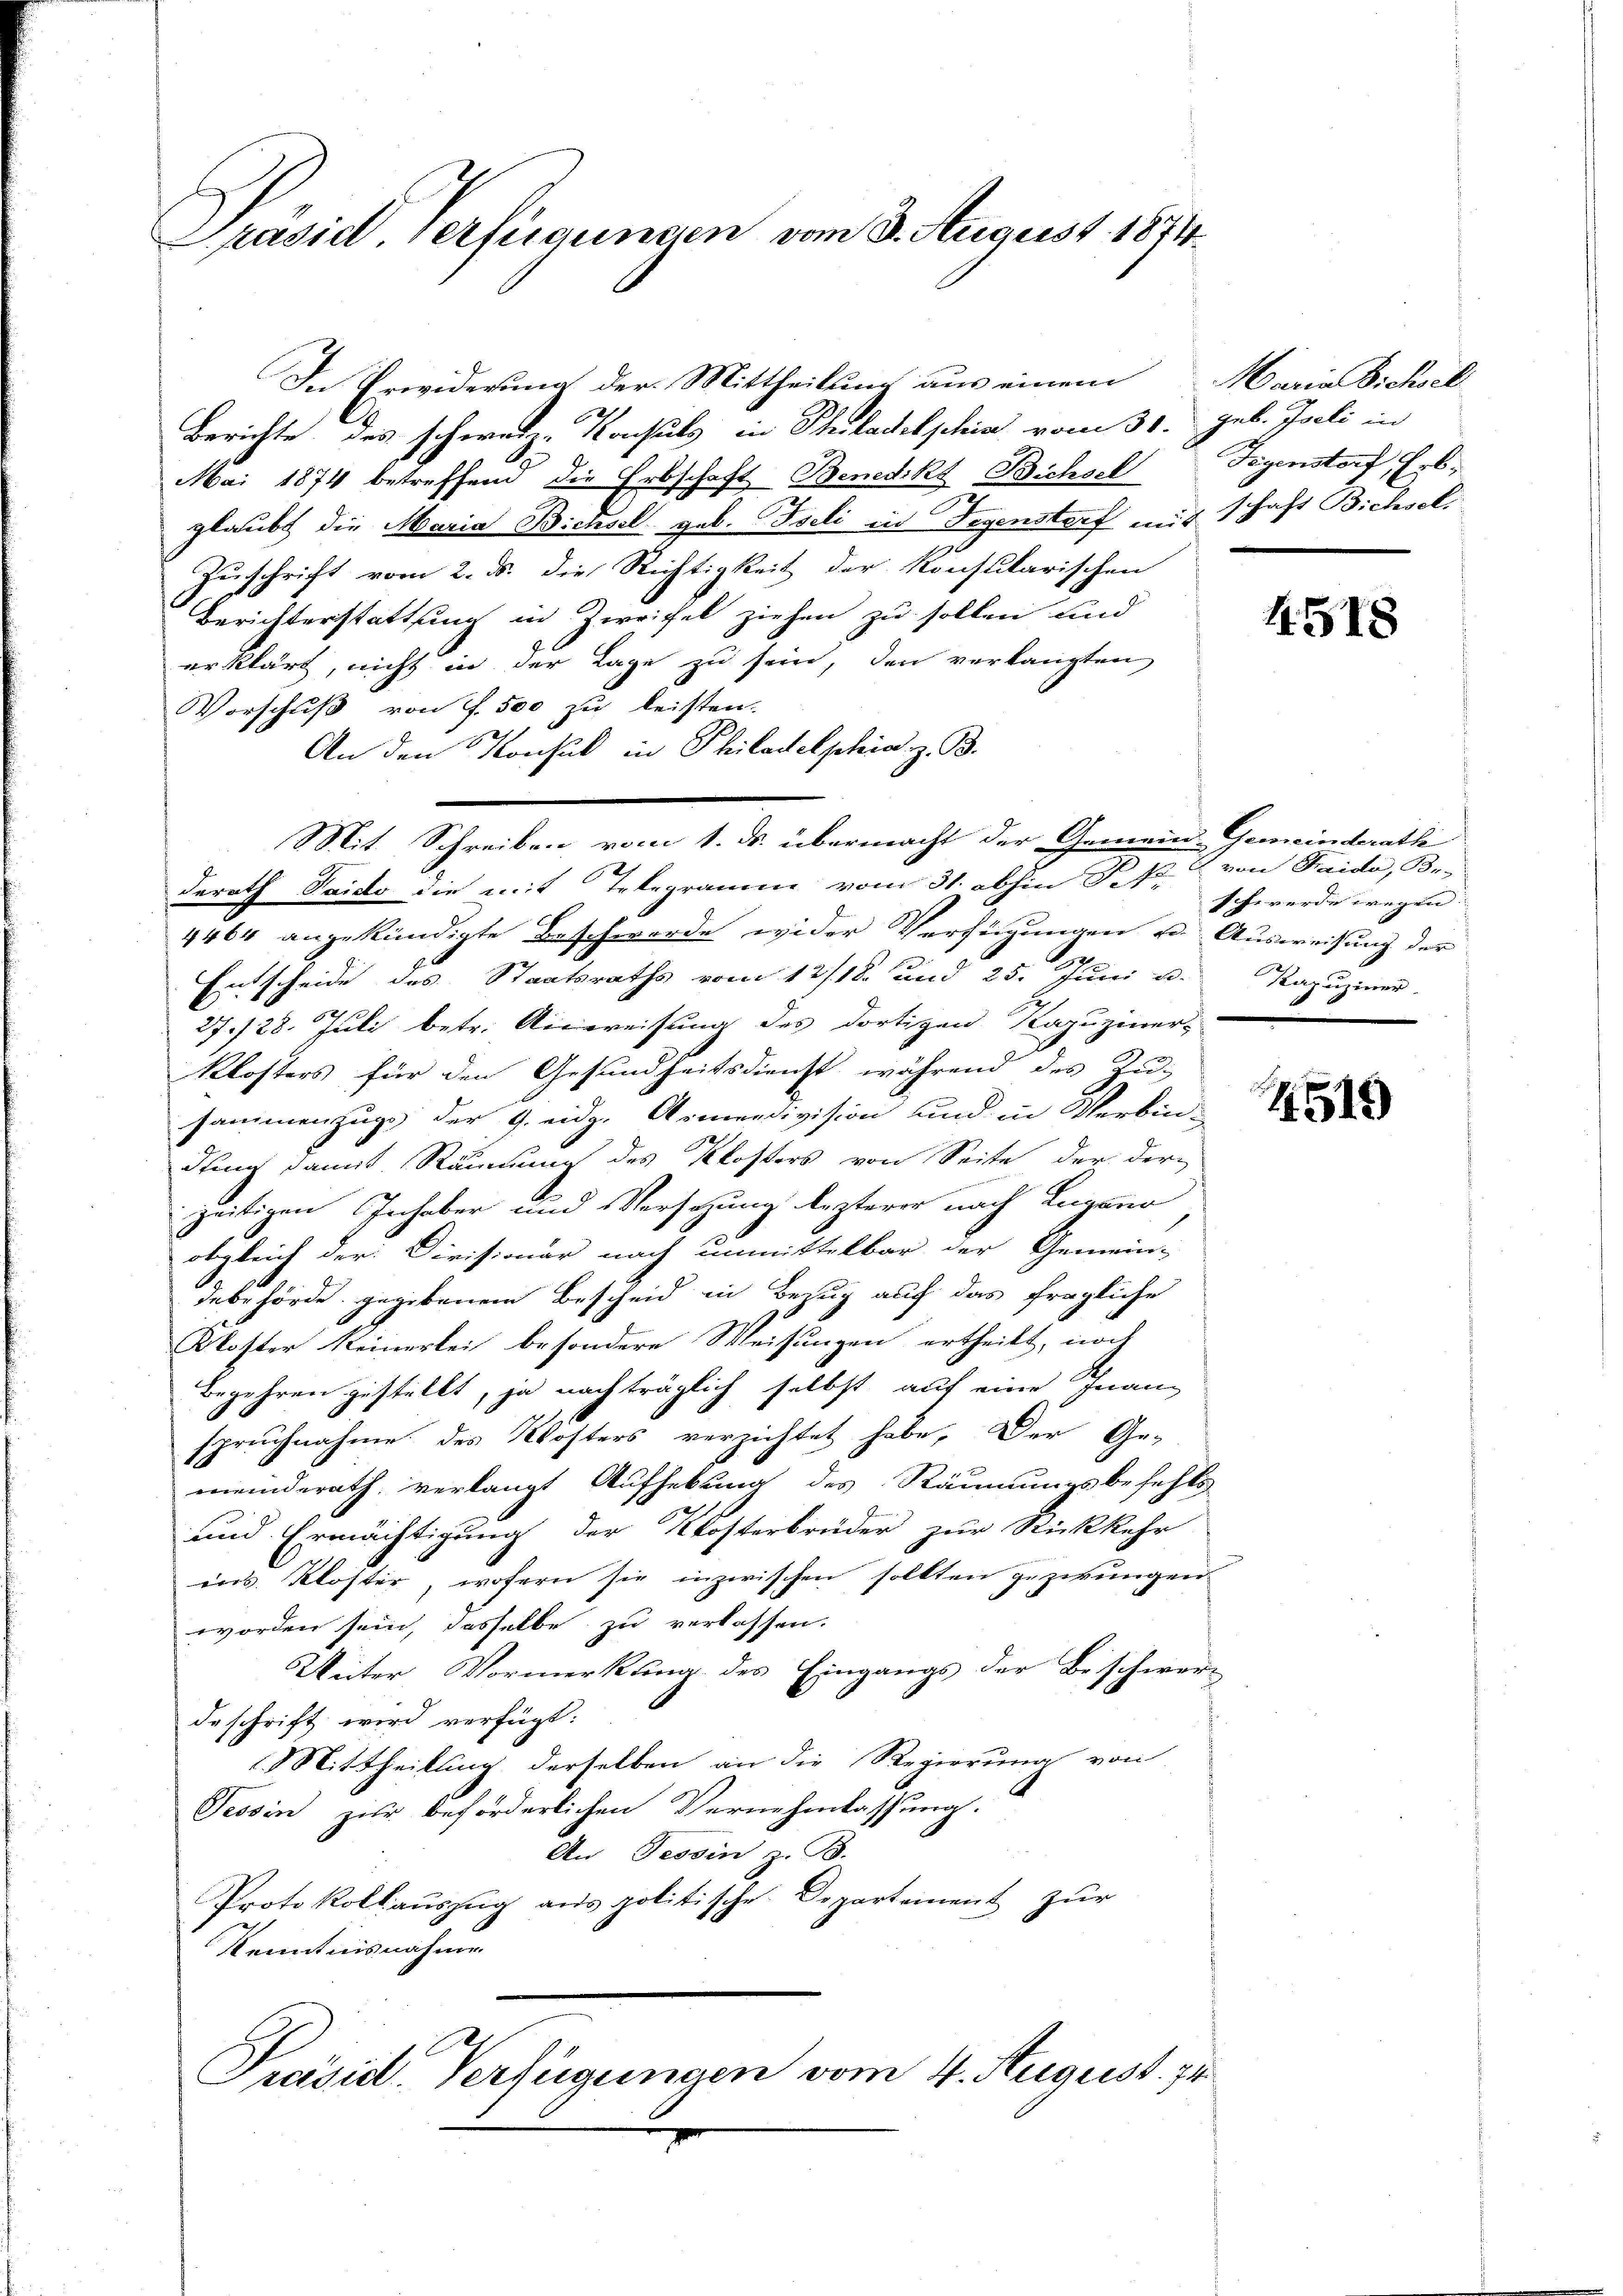
Präsid. Verfügungen vom 3. August 1874

In Erwiderung der Mittheilung aus einem
Berichte des schweiz. Konsuls in Philadelphia vom 31. geb. Iseli in
Mai 1874 betreffend die Erbschaft Benedikt Bichsel Gegenstorf, Erb-
glaubt die Maria Bichsel geb. Iseli in Gegenstorf mit schaft Bichsel
Zuschrift vom 2. ds. die Richtigkeit der konsularischen
Berichterstattung in Zweifel ziehen zu sollen und
erklärt, nicht in der Lage zu sein, den verlangten
Vorschuß von f. 500 zu leisten.
An den Konsul in Philadelphia z. B.
derath Saido die mit Telegramm vom 31. abhin St.
4464 angekündigte Beschwerde wider Verfügungen u. Ausweisung der
A
Entscheide des Staatsraths vom 12/18. und 25. Juni a. Kapuziner
27./28. Juli betr. Anweisung des dortigen Kapuziner-
Klosters für den Gesundheitsdienst während des Zu-
sammenzugs der 9. eidg. Armensivision und in Verbin-
dung damit Räumung des Klosters von Seite der der-
zeitigen Inhaber und Versatzung lezterer nach Lugano
obgleich der Civisionär nach unmittelbar der Gemein-
debehörde gegebenem Bescheid in Bezug auf das fragliche
Koster keinerlei besondere Weisungen ertheilt, noch
Begehren gestellt, ja nachträglich selbst auf eine Inanz
spruchnahme des Kösters verzichtet habe, Der Ge-
meinderath, verlangt Aufhebung des Räumungsbefehls
und Ermächtigung der Klosterbrüder zur Rückkehr
ins Kloster, wofern sie inzwischen sollten gezwungen
worden sein, dasselbe zu verlassen.
Unter Vormerkung des Eingangs der Beschwere
deschrift wird verfügt:
Mittheilung derselben an die Regierung von
Tessin zur beförderlichen Vernehmlassung.
An Tessin z. B.
Protokollaŭszŭg ans politische Departement zur
Kenntnisnahme
Präsid. Verfügungen vom 4. August. 74

Mit Schreiben vom 1. ds. übermacht der Gemein-Gemeinderathe

Maria Bichsel

von Haide, Be-
schwerde wegen. |

4518

4519